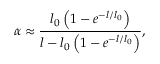
\alpha \approx \frac { l _ { 0 } \left( 1 - e ^ { - l / l _ { 0 } } \right) } { l - l _ { 0 } \left( 1 - e ^ { - l / l _ { 0 } } \right) } ,